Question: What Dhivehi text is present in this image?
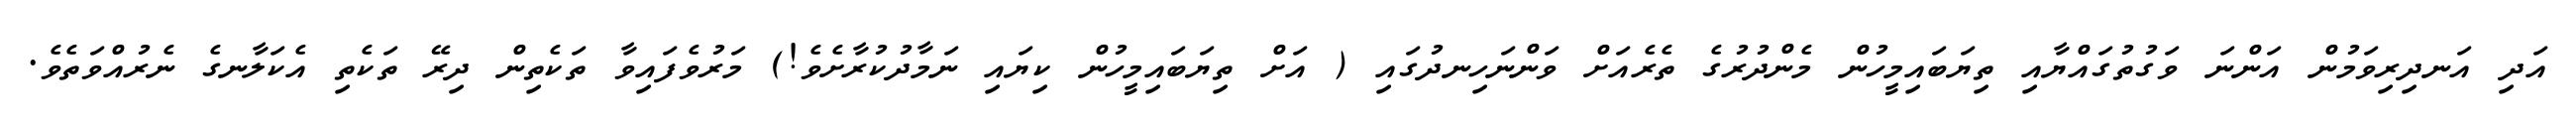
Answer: އަދި އަނދިރިވަމުން އަންނަ ވަގުތުގައްޔާއި ތިޔަބައިމީހުން މެންދުރުގެ ތެރެއަށް ވަންނަހިނދުގައި ( އަށް ތިޔަބައިމީހުން ކިޔައި ނަމާދުކުރާށެވެ!) މަރުވެފައިވާ ތަކެތިން ދިރޭ ތަކެތި އެކަލާނގެ ނެރުއްވަތެވެ.